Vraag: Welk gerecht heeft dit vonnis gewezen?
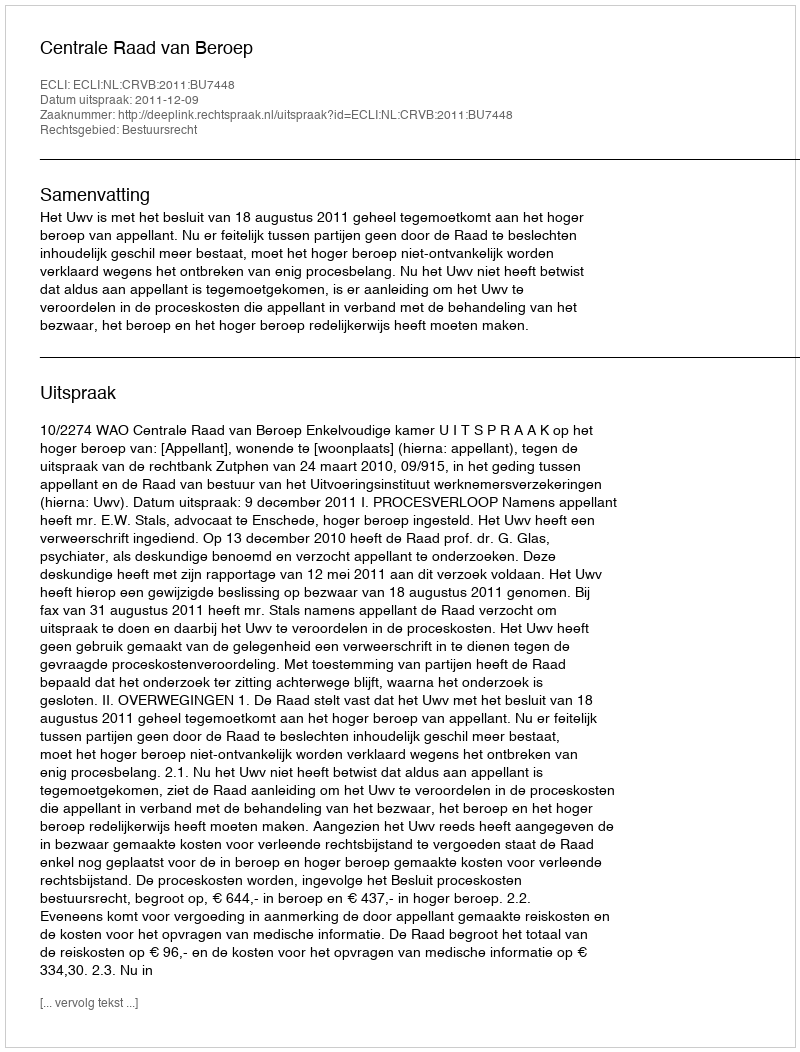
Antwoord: Centrale Raad van Beroep